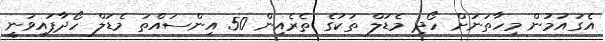
އެގައުމުން މިހާތަނަށް ހޯދި މެޑަލް ތަކުގެ ތެރެއިން 50 އިންސައްތަ މެޑަލް ހޯދާފައިވަނީ